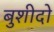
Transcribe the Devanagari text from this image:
बुशीदो